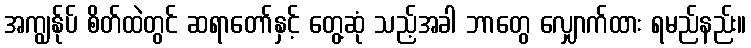
အကျွန်ုပ် စိတ်ထဲတွင် ဆရာတော်နှင့် တွေ့ဆုံ သည့်အခါ ဘာတွေ လျှောက်ထား ရမည်နည်း။